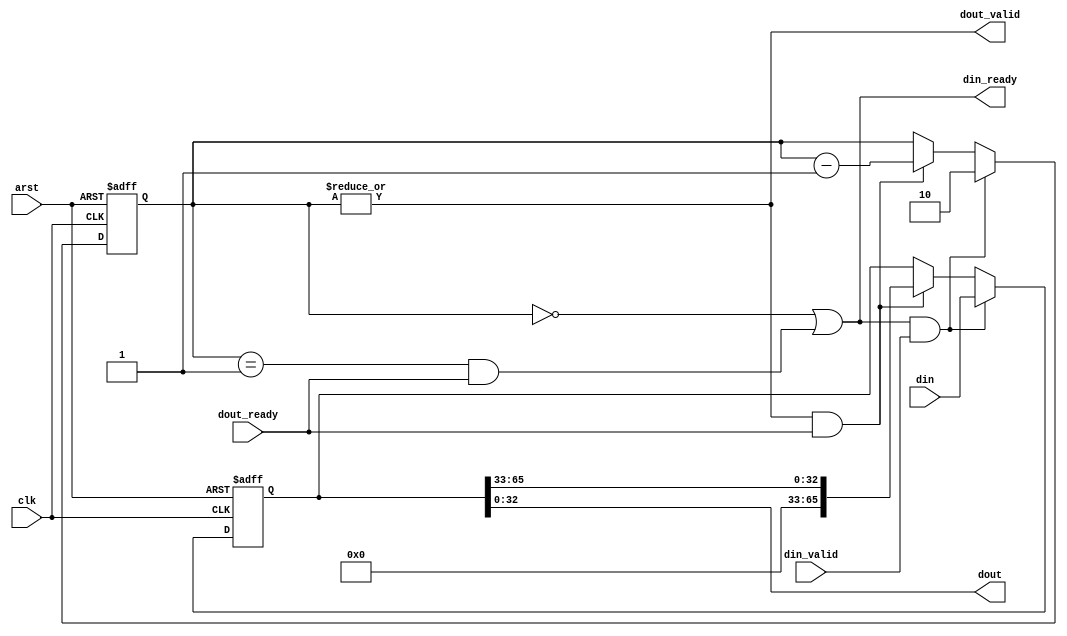
module two_to_one #(
	parameter WORD_LEN = 33
)
(
	input clk,arst,
	
	input [2*WORD_LEN-1:0] din,
	input din_valid,
	output din_ready,
	
	output [WORD_LEN-1:0] dout,
	input dout_ready,
	output dout_valid
);

reg [1:0] holding;  // holding 0..2 words
reg [2*WORD_LEN-1:0] storage;

assign din_ready = 
	(holding == 2'b0) || 
	((holding == 2'b1) && dout_ready);
assign dout_valid = (|holding);
assign dout = storage[WORD_LEN-1:0];

always @(posedge clk or posedge arst) begin
	if (arst) begin
		storage <= 0;
		holding <= 0;
	end
	else begin
		if (din_ready & din_valid) begin
			// if we are reloading it goes to 2 blocks available
			storage <= din;
			holding <= 2'b10;
		end
		else begin
			// not reloading
			// if the output side is ready lose one block
			if (dout_valid & dout_ready) begin
				holding <= holding - 1'b1;
				storage <= {{(WORD_LEN){1'b0}},
						storage[2*WORD_LEN-1:WORD_LEN]}; 
			end
		end
	end
end

endmodule